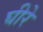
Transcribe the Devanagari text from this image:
घीरे